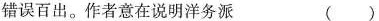
错误百出。作者意在说明洋务派 ()